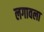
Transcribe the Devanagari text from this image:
लगावला